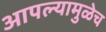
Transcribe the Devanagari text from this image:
आपल्यामुळेच